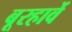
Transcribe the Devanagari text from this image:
बूरहार्वे